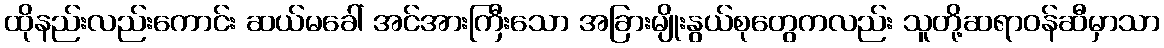
ထိုနည်းလည်းကောင်း ဆယ်မခေါ် အင်အားကြီးသော အခြားမျိုးနွယ်စုတွေကလည်း သူတို့ဆရာဝန်ဆီမှာသာ